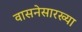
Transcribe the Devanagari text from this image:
वासनेसारख्या